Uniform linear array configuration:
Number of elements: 8
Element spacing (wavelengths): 0.25
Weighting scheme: cosine
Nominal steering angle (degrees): -30
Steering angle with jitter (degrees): -29.352
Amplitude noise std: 0.05
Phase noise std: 0.05

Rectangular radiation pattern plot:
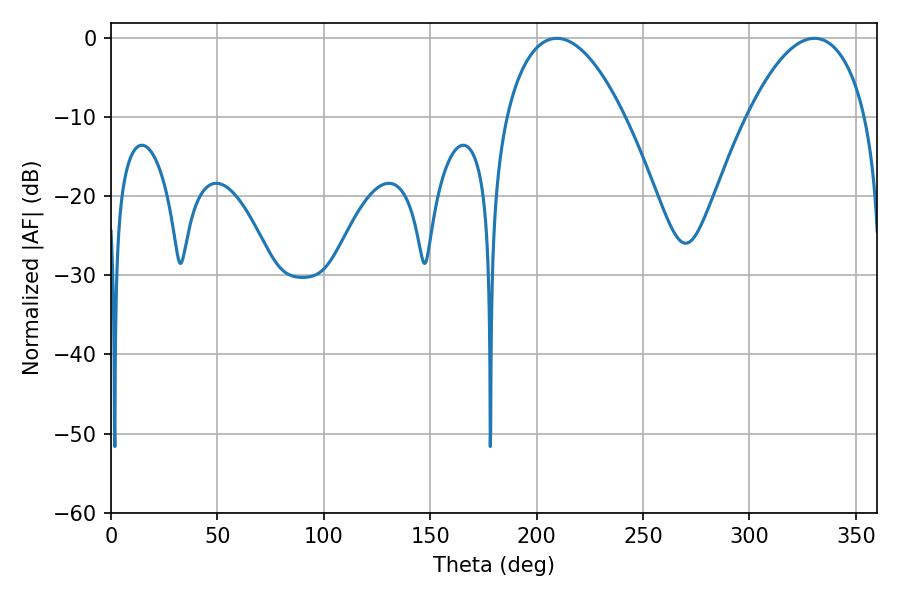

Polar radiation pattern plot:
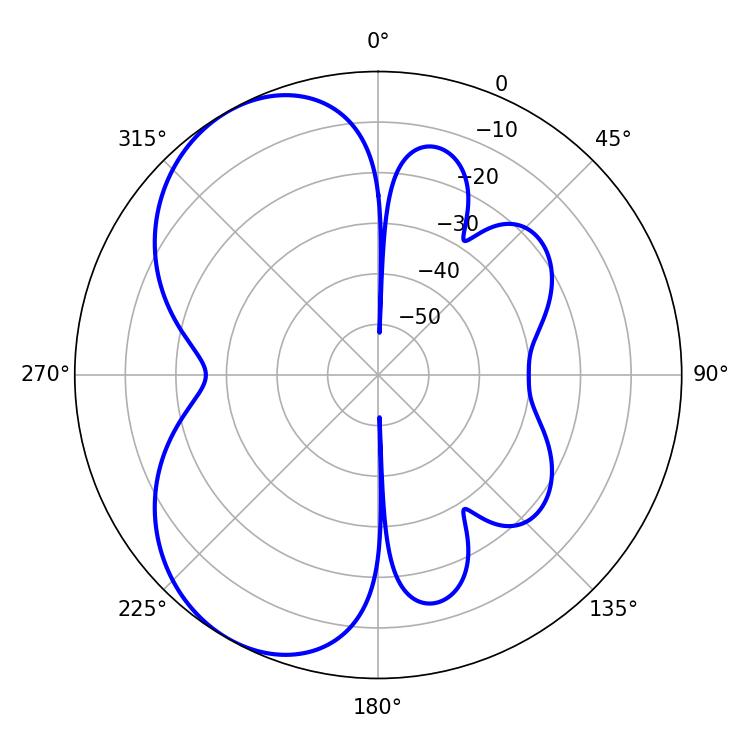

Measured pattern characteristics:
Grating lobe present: FALSE
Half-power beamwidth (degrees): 31.14
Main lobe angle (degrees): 209.52